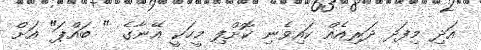
އަދި މިފަދ ދަރިއެއް ކައިވެނި ކޮށްފި މީހަކީ އޭނާގެ " ބައްޕަ" އަށް